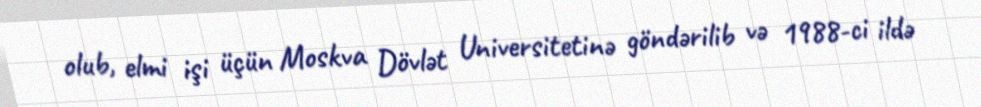
olub, elmi işi üçün Moskva Dövlət Universitetinə göndərilib və 1988-ci ildə